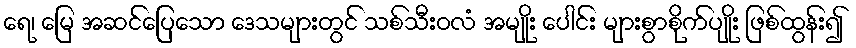
ရေ၊ မြေ အဆင်ပြေသော ဒေသများတွင် သစ်သီးဝလံ အမျိုး ပေါင်း များစွာစိုက်ပျိုး ဖြစ်ထွန်း၍